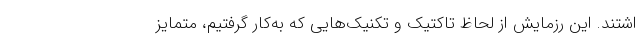
اشتند. این رزمایش از لحاظ تاکتیک و تکنیک‌هایی که به‌کار گرفتیم، متمایز